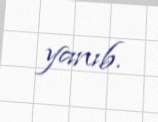
yanıb.